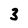
Character: 3